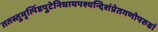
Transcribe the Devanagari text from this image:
ततस्तुमृत्पिंडपुटेनिधायपश्यन्दिशंप्रेतगणोपरुढां